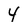
Character: 4